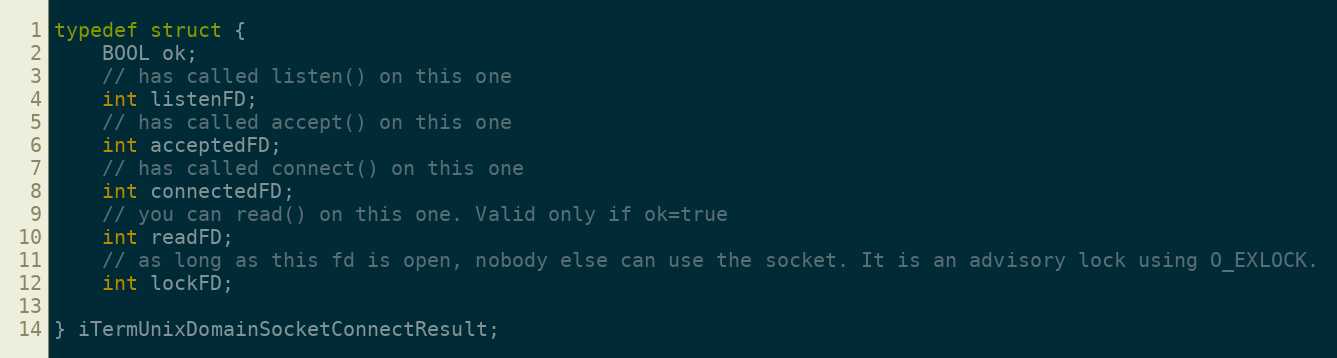
Language: C
typedef struct {
    BOOL ok;
    // has called listen() on this one
    int listenFD;
    // has called accept() on this one
    int acceptedFD;
    // has called connect() on this one
    int connectedFD;
    // you can read() on this one. Valid only if ok=true
    int readFD;
    // as long as this fd is open, nobody else can use the socket. It is an advisory lock using O_EXLOCK.
    int lockFD;

} iTermUnixDomainSocketConnectResult;